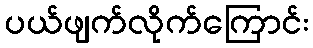
ပယ်ဖျက်လိုက်ကြောင်း